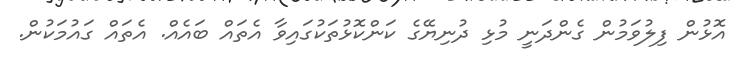
އޮޅުން ފިލުވަމުން ގެންދަނީ މުޅި ދުނިޔޭގެ ކަންކޮޅުތަކުގައިވާ އެތައް ބައެއް. އެތައް ގައުމަކުން.